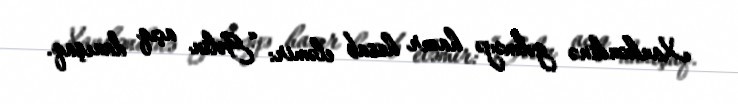
Xankəndinə gəlməyə hazır hesab eləmir: “Gəlin açıq danışaq.